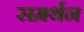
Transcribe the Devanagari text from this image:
सम्रर्थन